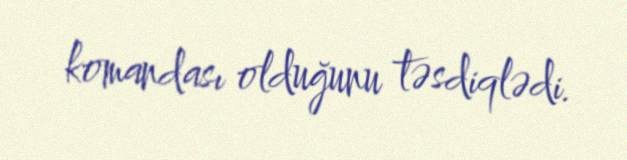
komandası olduğunu təsdiqlədi.